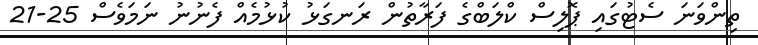
ތިންވަނަ ސެޓުގައި ޕޮލިސް ކްލަބްގެ ފަރާތުން ރަނގަޅު ކުޅުމެއް ފެނުނު ނަމަވެސް 25-21